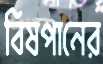
বিষপানের